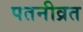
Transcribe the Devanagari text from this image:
पतनीव्रत